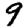
Digit: 9